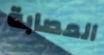
المصابة